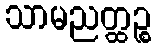
သာမညတ္ထဉ္စ